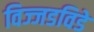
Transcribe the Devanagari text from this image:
विज्जडविडे